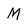
Character: M